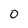
Character: 0